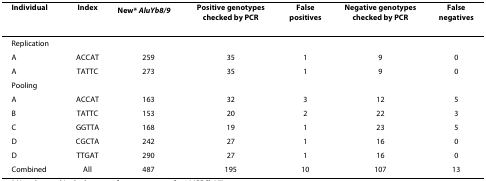
<table><thead><tr><td><b>Individual</b></td><td><b>Index</b></td><td><b>New* <i>AluYb8/9</i></b></td><td><b>Positive genotypes checked by PCR</b></td><td><b>False positives</b></td><td><b>Negative genotypes checked by PCR</b></td><td><b>False negatives</b></td></tr></thead><tbody><tr><td>Replication</td><td></td><td></td><td></td><td></td><td></td><td></td></tr><tr><td>A</td><td>ACCAT</td><td>259</td><td>35</td><td>1</td><td>9</td><td>0</td></tr><tr><td>A</td><td>TATTC</td><td>273</td><td>35</td><td>1</td><td>9</td><td>0</td></tr><tr><td>Pooling</td><td></td><td></td><td></td><td></td><td></td><td></td></tr><tr><td>A</td><td>ACCAT</td><td>163</td><td>32</td><td>3</td><td>12</td><td>5</td></tr><tr><td>B</td><td>TATTC</td><td>153</td><td>20</td><td>2</td><td>22</td><td>3</td></tr><tr><td>C</td><td>GGTTA</td><td>168</td><td>19</td><td>1</td><td>23</td><td>5</td></tr><tr><td>D</td><td>CGCTA</td><td>242</td><td>27</td><td>1</td><td>16</td><td>0</td></tr><tr><td>D</td><td>TTGAT</td><td>290</td><td>27</td><td>1</td><td>16</td><td>0</td></tr><tr><td>Combined</td><td>All</td><td>487</td><td>195</td><td>10</td><td>107</td><td>13</td></tr></tbody></table>